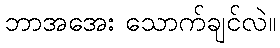
ဘာအအေး သောက်ချင်လဲ။